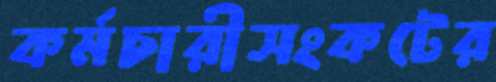
কর্মচারীসংকটের